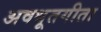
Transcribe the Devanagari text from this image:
अवधूतगीता